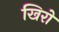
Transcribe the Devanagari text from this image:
खिरो